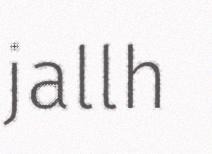
jallh